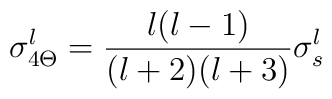
\sigma_{4 \Theta}^l = {l(l-1) \over (l+2)(l+3)}\sigma^l_s